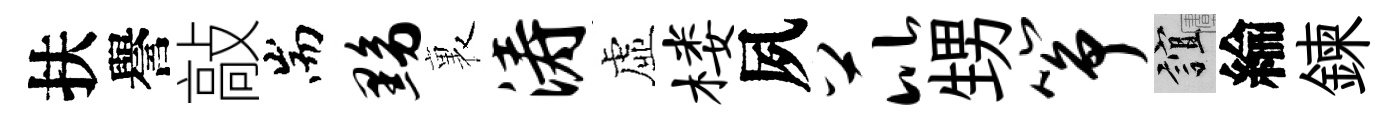
扶譽敲耑黝裏涛虛楼夙芘甥筝誼綸鍊